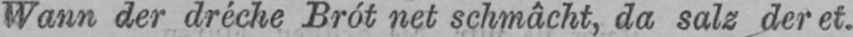
Wann der dréche Brót net schmâcht, da salz der et.